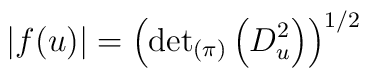
\left|f(u)\right|=\left({\det}_{(\pi)}\left(D_u^2\right)\right)^{1/2}